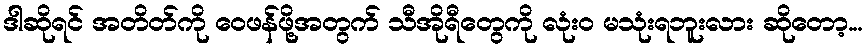
ဒါဆိုရင် အတိတ်ကို ဝေဖန်ဖို့အတွက် သီအိုရီတွေကို လုံးဝ မသုံးရဘူးလား ဆိုတော့...